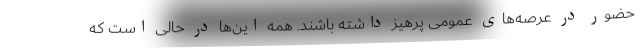
حضور در عرصه‌های عمومی پرهیز داشته باشند. همه این‌ها در حالی است که